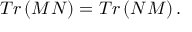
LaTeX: T r \left( M N \right) = T r \left( N M \right) .